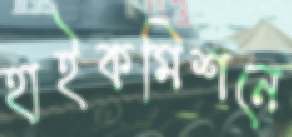
হাইকমিশনে